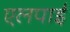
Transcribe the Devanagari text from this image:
एलपाईं